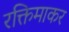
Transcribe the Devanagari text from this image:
रक्तिमाकर